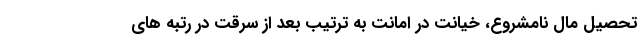
تحصیل مال نامشروع، خیانت در امانت به ترتیب بعد از سرقت در رتبه های